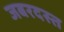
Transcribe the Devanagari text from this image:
जबरदस्त